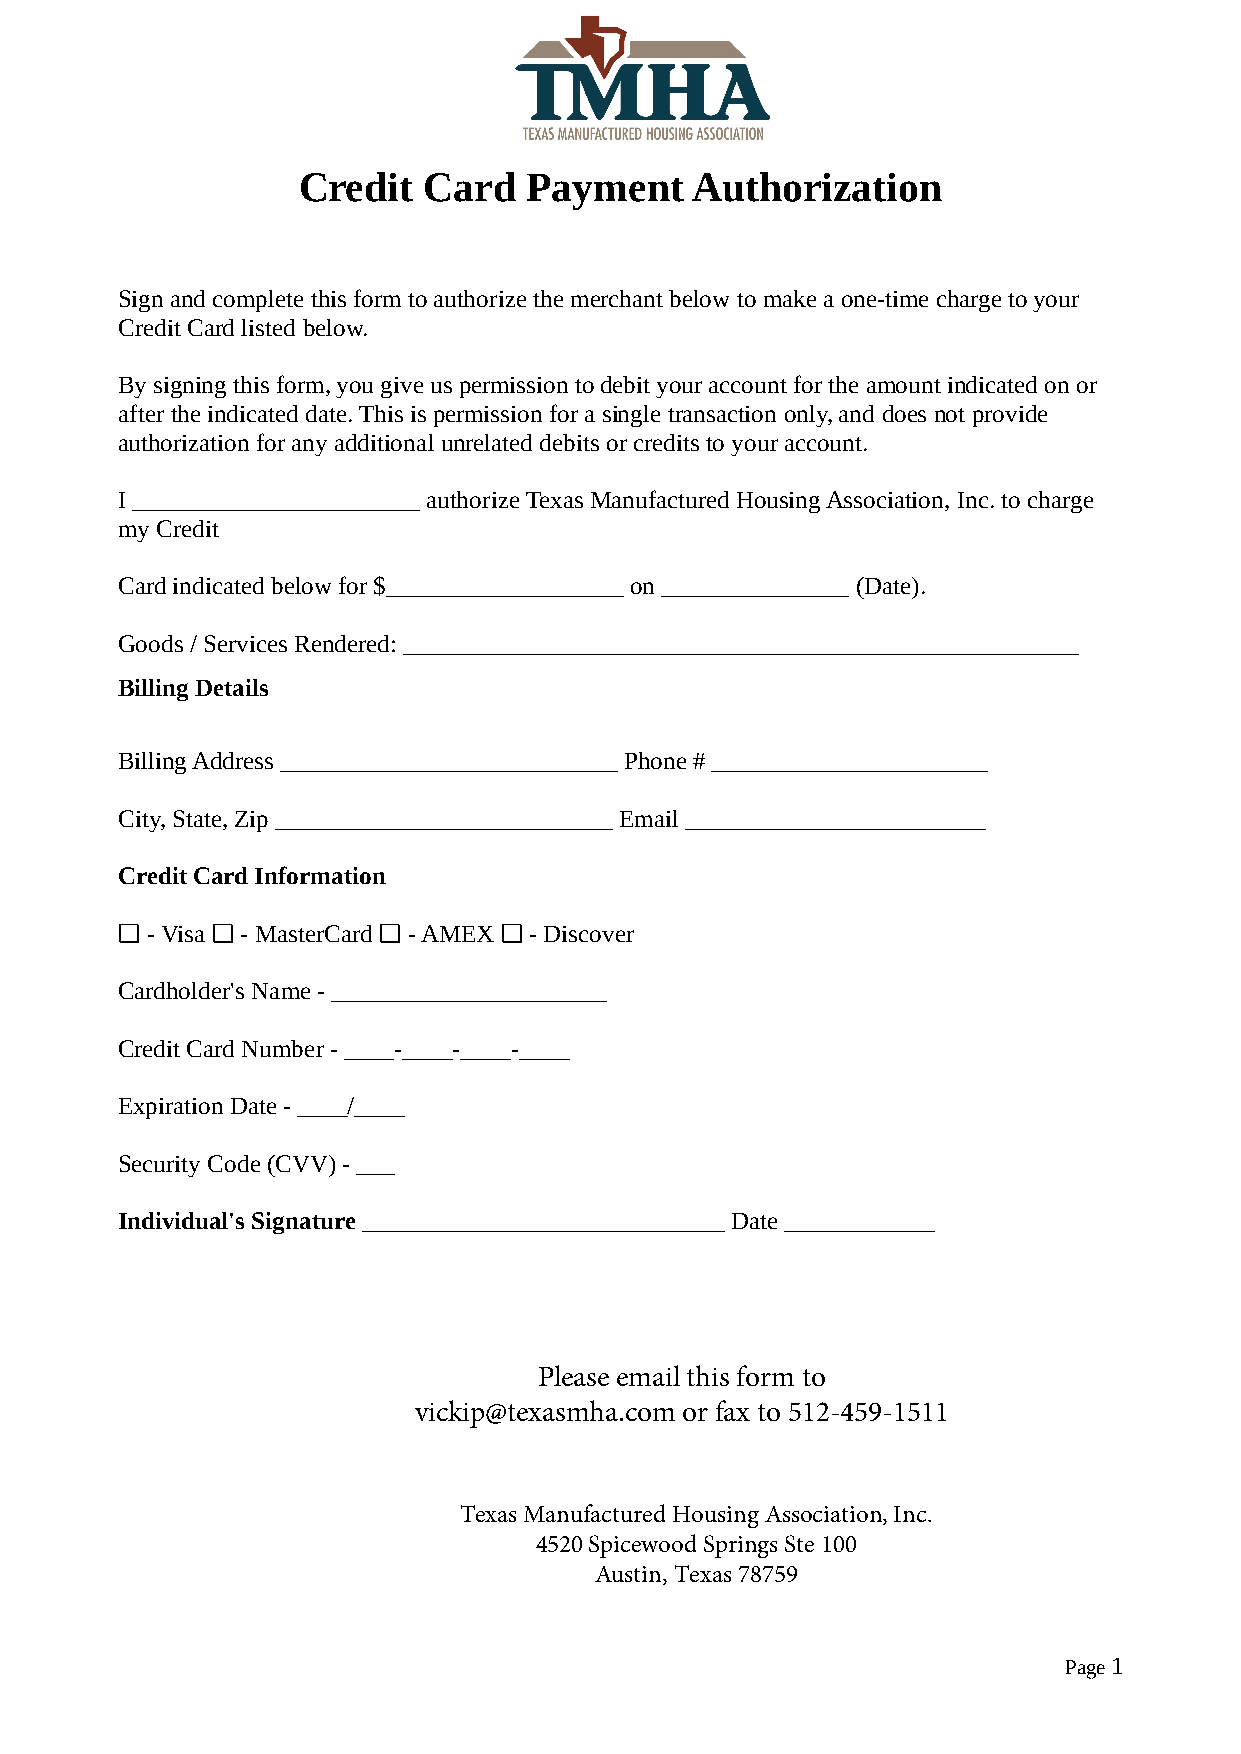
Credit  Card   Payment    Authorization
 Sign and complete this form to authorize the merchant below to make a one-time charge to your
 Credit Card listed below.
 By signing this form, you give us permission to debit your account for the amount indicated on or
 after the indicated date. This is permission for a single transaction only, and does not provide
 authorization for any additional unrelated debits or credits to your account.
 I _______________________ authorize Texas Manufactured Housing Association, Inc. to charge
 my Credit
 Card indicated below for $___________________ on _______________ (Date).
 Goods / Services Rendered: ______________________________________________________
 Billing Details
 Billing Address ___________________________ Phone # ______________________
 City, State, Zip ___________________________ Email ________________________
 Credit Card Information
 ❑-Visa ❑-MasterCard ❑ - AMEX ❑ - Discover
 Cardholder's Name - ______________________
 Credit Card Number - ____-____-____-____
 Expiration Date - ____/____
 Security Code (CVV) - ___
 Individual's Signature _____________________________ Date ____________
 Please email this form to
 vickip@texasmha.com or fax to 512-459-1511
 Texas Manufactured Housing Association, Inc.
 4520 Spicewood Springs Ste 100
 Austin, Texas 78759
 Page 1